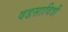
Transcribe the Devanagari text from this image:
वडसावित्री